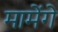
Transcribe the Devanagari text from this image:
मामेंगे